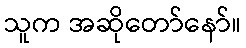
သူက အဆိုတော်နော်။